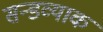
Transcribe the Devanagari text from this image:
सन्डव्याक